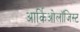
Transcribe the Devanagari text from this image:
आर्किओलॉजिस्ट